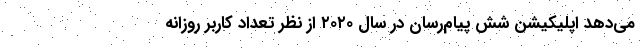
می‌دهد اپلیکیشن شش پیام‌رسان در سال ۲۰۲۰ از نظر تعداد کاربر روزانه